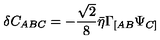
\delta C _ { A B C } = - { \frac { \sqrt 2 } { 8 } } \bar { \eta } \Gamma _ { [ A B } \Psi _ { C ] }